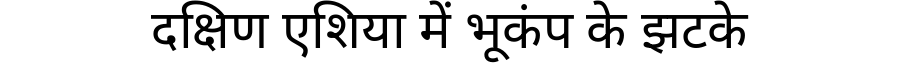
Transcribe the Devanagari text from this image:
दक्षिण एशिया में भूकंप के झटके